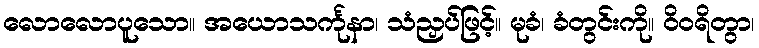
လောလောပူသော။ အယောသင်္ကုနာ၊ သံညှပ်ဖြင့်။ မုခံ၊ ခံတွင်းကို။ ဝိဝရိတွာ၊